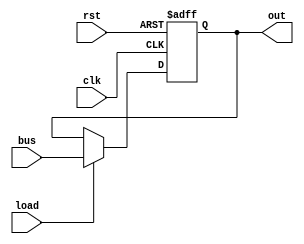
module ir(
	input clk, 
	input rst,
	input load,
	input[7:0] bus,

	output[7:0] out
);

reg[7:0] ir;

always @ (posedge clk, posedge rst)
begin
    if (rst)
    begin
        ir <= 8'b0;
    end else if (load)
    begin
        ir <= bus;
    end
end

assign out = ir;

endmodule